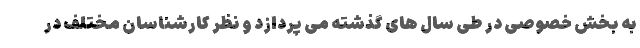
به بخش خصوصی در طی سال های گذشته می پردازد و نظر کارشناسان مختلف در